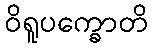
ဝိရူပက္ခောတိ